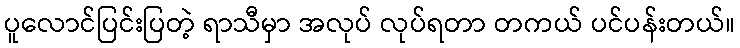
ပူလောင်ပြင်းပြတဲ့ ရာသီမှာ အလုပ် လုပ်ရတာ တကယ် ပင်ပန်းတယ်။